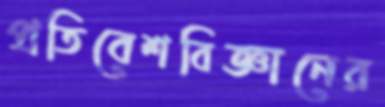
প্রতিবেশবিজ্ঞানের